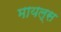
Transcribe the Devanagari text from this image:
मायल्स